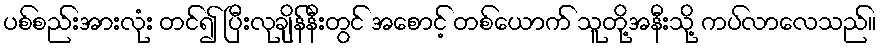
ပစ်စည်းအားလုံး တင်၍ ပြီးလုချိန်နီးတွင် အစောင့် တစ်ယောက် သူတို့အနီးသို့ ကပ်လာလေသည်။